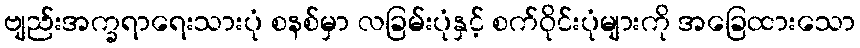
ဗျည်းအက္ခရာရေးသားပုံ စနစ်မှာ လခြမ်းပုံနှင့် စက်ဝိုင်းပုံများကို အခြေထားသော